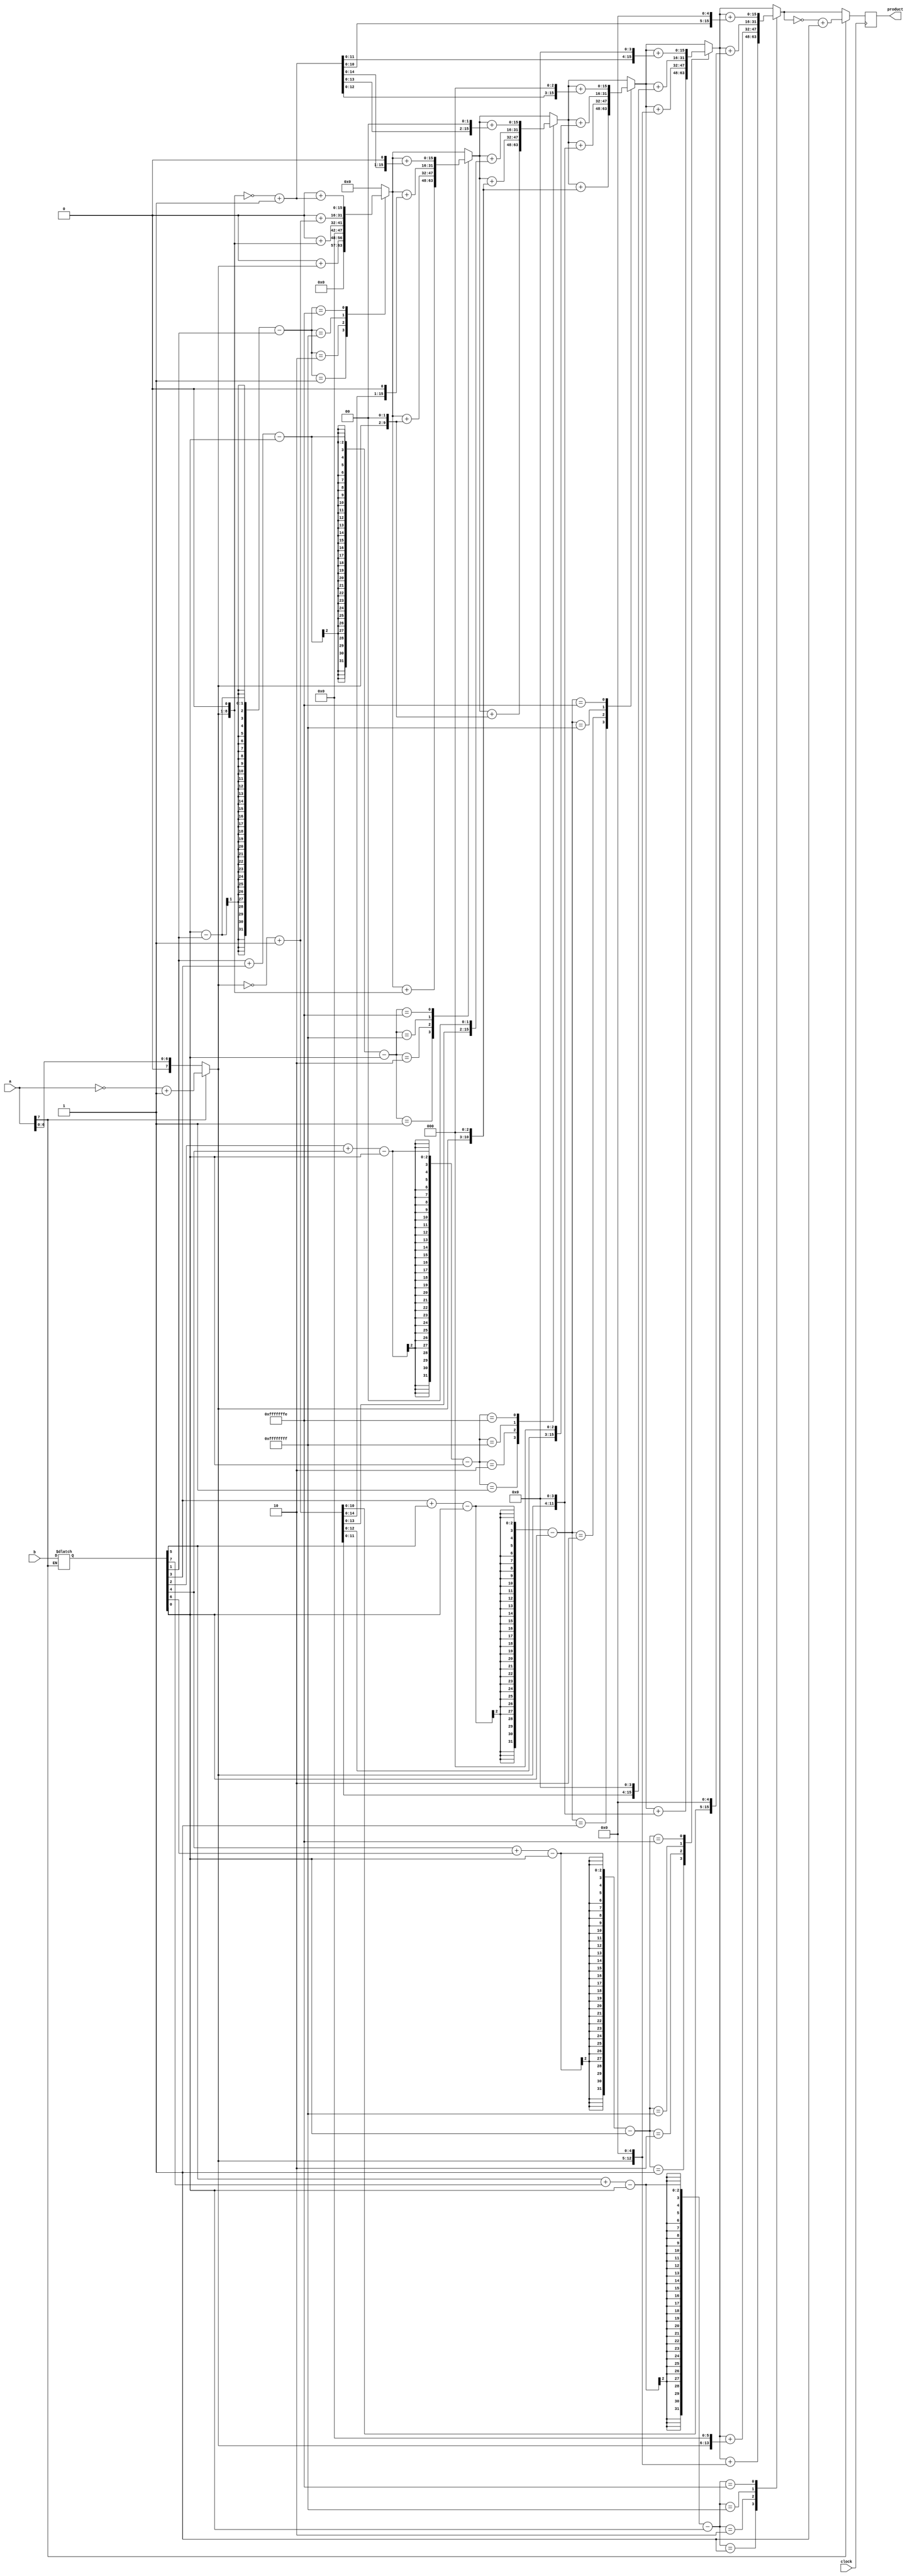
module Booth_Multiplier(clock,a,b,product);
input [7:0]a,b;
input clock;
output reg[15:0]product;
reg [15:0]answer;
reg [7:0]a1,b1;

integer i;
integer operate;

initial
	begin
		product = 16'b0;
		answer = 16'b0;
	end

always @ (*)
	begin
		if(a[7]==1'b1)
			a1 = ~a + 1;
		else
			begin
				a1 = a;
				b1 = b;
			end
	end
	
always @ (posedge clock)
	begin	
		product = 16'b0;
		for(i=1;i<7;i=i+1)
			begin
				if(i==1)
					operate = b1[0]-b1[1]-b1[1];
				else
					operate = b1[i-1]+b1[i+1]-b1[0]-b1[0];
				
				case(operate)
					1:
						begin
							answer = a1;
							answer = answer << (i-1);
							product = product + answer;
						end
					2:
						begin
							answer = a1 << 1;
							answer = answer << (i-1);
							product = product + answer;
						end
					-1:
						begin
							answer = ~a1 + 1;
							answer = answer << (i-1);
							product = product + answer;
						end
					-2:
						begin
							answer = a1 << 1;
							answer = ~answer + 1;
							answer = answer << (i-1);
							product = product + answer;
						end
				endcase
			end
		if(a[7]==1'b1)
			product = ~product + 1;
	end
endmodule